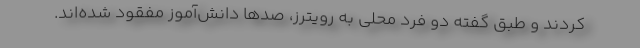
کردند و طبق گفته دو فرد محلی به رویترز، صدها دانش‌آموز مفقود شده‌اند.